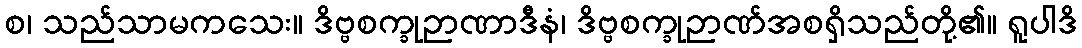
စ၊ သည်သာမကသေး။ ဒိဗ္ဗစက္ခုဉာဏာဒီနံ၊ ဒိဗ္ဗစက္ခုဉာဏ်အစရှိသည်တို့၏။ ရူပါဒိ